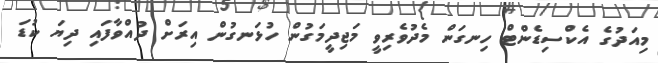
މިއަދުގެ އެކްސިޑެންޓް ހިނގަން މެދުވެރިވީ މަޖިދީމަގުން ހުޅަނގުން އިރަށް ދުއްވާފައި ދިޔަ ކުޑަ